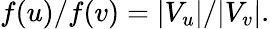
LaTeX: f(u)/f(v)=|V_{u}|/|V_{v}|.